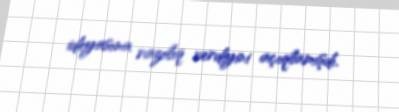
ideyasına razılıq verdiyini açıqlamışdı.